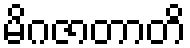
မိဂဇာတာတိ